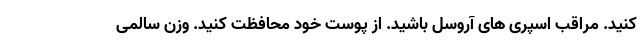
کنید. مراقب اسپری های آروسل باشید. از پوست خود محافظت کنید. وزن سالمی